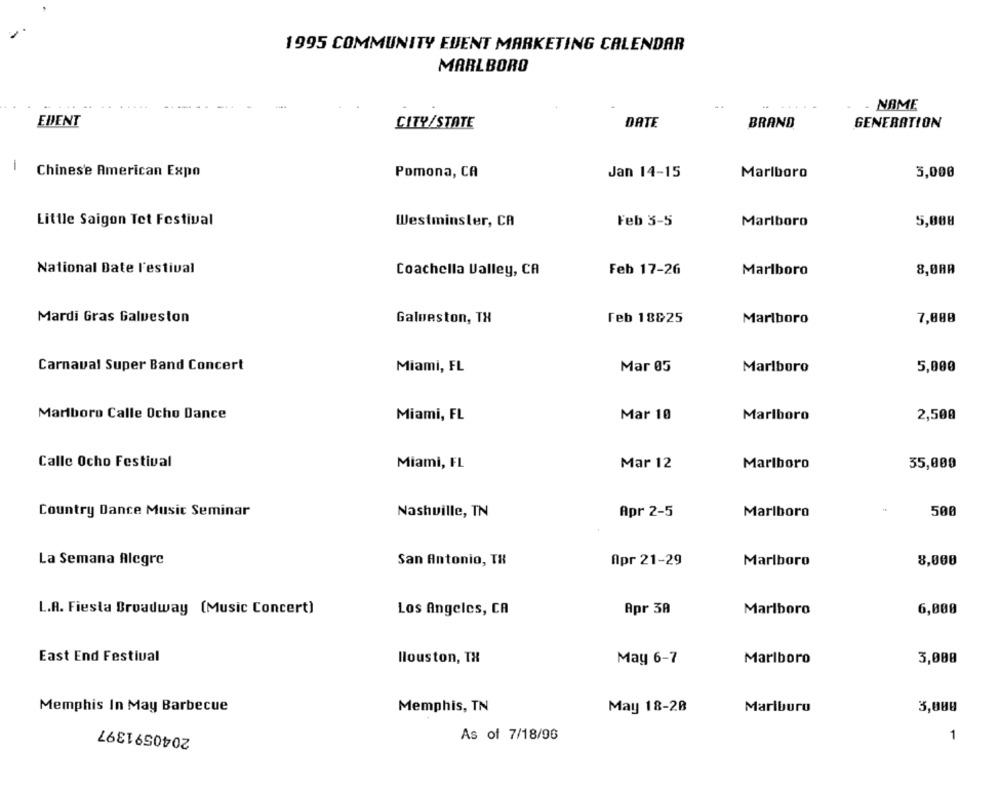
1995 COMMUNITY EVENT MARKETING CALENDAR
MARLBORO
NAME
EDENT
CITY/STATE
DATE
BRAND
GENERATION
Chinese American Expo
Pomona, CA
Jan 14-15
Marlboro
3,000
Little Saigon Tet Festival
Westminster, CA
Feb 3-5
Marlboro
5,000
8,0AR
National Date Festival
Coachella Valley, CA
Feb 17-26
Marlboro
Mardi Gras Galveston
Galveston, TH
Feb 18825
Marlboro
7,000
Carnaval Super Band Concert
Miami, FL
Mar 05
Marlboro
5,000
Marlboro Calle Ocho Dance
Miami, FL
Mar 10
Marlboro
2,500
Calle Ocho Festival
Miami, FL
Mar 12
Marlboro
35,000
Country Dance Music Seminar
Nashville, TN
Apr 2-5
Marlboro
500
La Semana Alegre
San Antonio, TX
Apr 21-29
Marlboro
8,000
L.A. Fiesta Broadway (Music Concert)
Los Angeles, CA
Apr 3A
Marlboro
6,000
East End Festival
Ilouston, TX
May 6-7
Marlboro
3,000
Memphis In May Barbecue
Memphis, TN
May 18-20
Mariburu
3,000
2040591397
As of 7/18/96
1